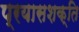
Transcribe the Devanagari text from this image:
प्रयासशक्ति